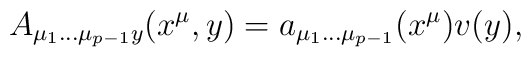
A_{\mu_1\dots\mu_{p-1}y}(x^{\mu},y)=a_{\mu_1\dots\mu_{p-1}}(x^{\mu})v(y),